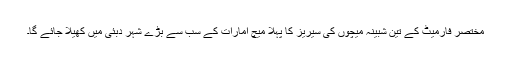
مختصر فارمیٹ کے تین شبینہ میچوں کی سیریز کا پہلا میچ امارات کے سب سے بڑے شہر دبئی میں کھیلا جائے گا۔